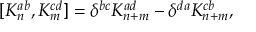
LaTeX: [ K _ { n } ^ { a b } , K _ { m } ^ { c d } ] = \delta ^ { b c } K _ { n + m } ^ { a d } - \delta ^ { d a } K _ { n + m } ^ { c b } ,